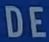
DE